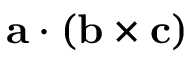
\mathbf { a } \cdot ( \mathbf { b } \times \mathbf { c } )